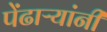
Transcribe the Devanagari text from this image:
पेंढाऱ्यांनी